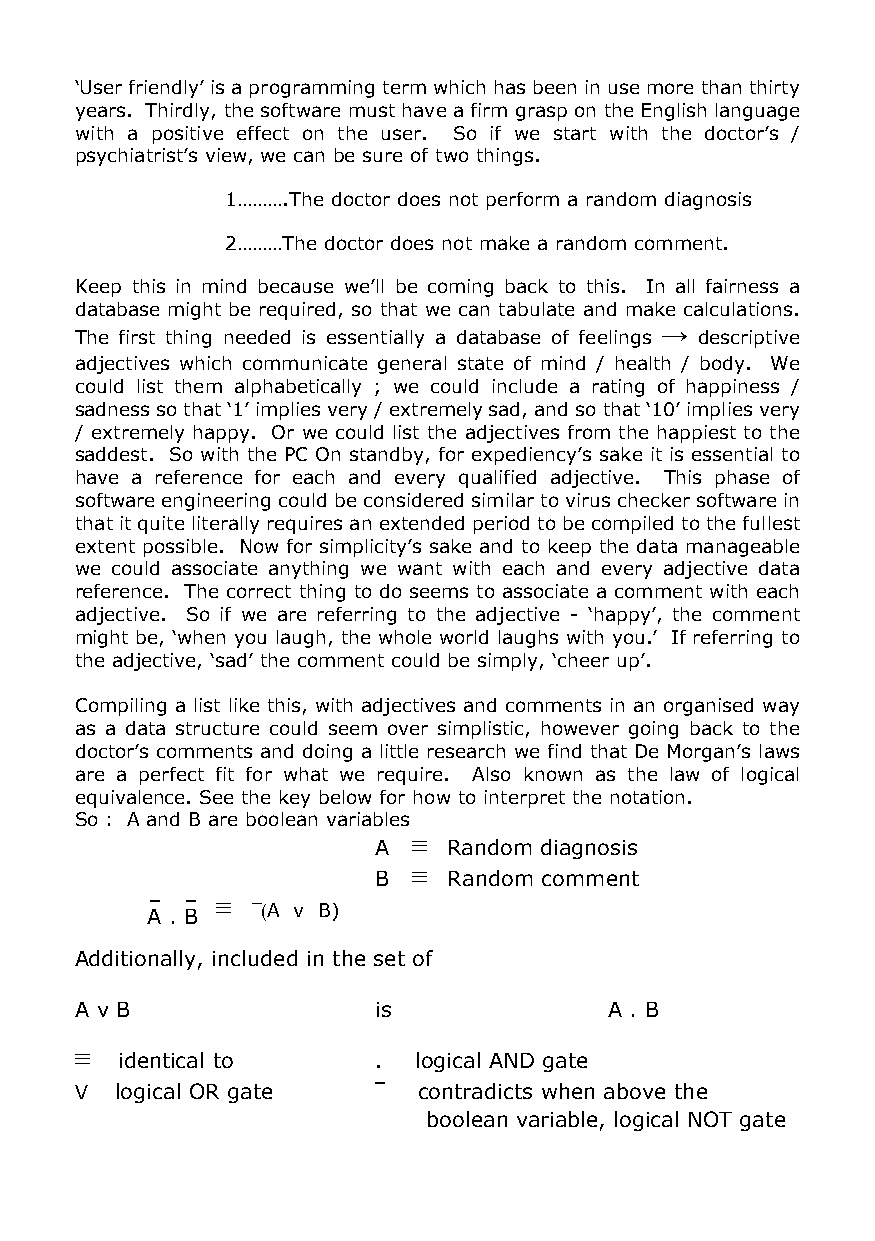
‘User friendly’ is a programming term which has been in use more than thirty
 years. Thirdly, the software must have a firm grasp on the English language
 with a positive effect on the user. So if we start with the doctor’s /
 psychiatrist’s view, we can be sure of two things.
 1……….The doctor does not perform a random diagnosis
 2………The doctor does not make a random comment.
 Keep this in mind because we’ll be coming back to this. In all fairness a
 database might be required, so that we can tabulate and make calculations.
 →
 The first thing needed is essentially a database of feelings descriptive
 adjectives which communicate general state of mind / health / body. We
 could list them alphabetically ; we could include a rating of happiness /
 sadness so that ‘1’ implies very / extremely sad, and so that ‘10’ implies very
 / extremely happy. Or we could list the adjectives from the happiest to the
 saddest. So with the PC On standby, for expediency’s sake it is essential to
 have a reference for each and every qualified adjective. This phase of
 software engineering could be considered similar to virus checker software in
 that it quite literally requires an extended period to be compiled to the fullest
 extent possible. Now for simplicity’s sake and to keep the data manageable
 we could associate anything we want with each and every adjective data
 reference. The correct thing to do seems to associate a comment with each
 adjective. So if we are referring to the adjective - ‘happy’, the comment
 might be, ‘when you laugh, the whole world laughs with you.’ If referring to
 the adjective, ‘sad’ the comment could be simply, ‘cheer up’.
 Compiling a list like this, with adjectives and comments in an organised way
 as a data structure could seem over simplistic, however going back to the
 doctor’s comments and doing a little research we find that De Morgan’s laws
 are a perfect fit for what we require. Also known as the law of logical
 equivalence. See the key below for how to interpret the notation.
 So : A and B are boolean variables
 A ≡  Random diagnosis
 B ≡  Random comment
 ‾ ‾ ≡
 A . B  ¯(A v B)
 Additionally, included in the set of
 A v B               is             A . B
 ≡  identical to     .  logical AND gate
 V  logical OR gate  ‾  contradicts when above the
 boolean variable, logical NOT gate